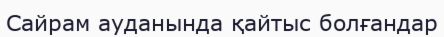
Сайрам ауданында қайтыс болғандар